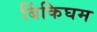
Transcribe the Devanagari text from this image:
बिंकिघम